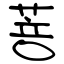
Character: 菩